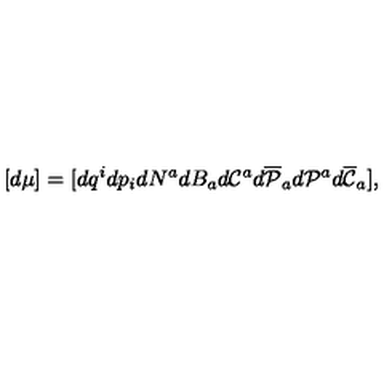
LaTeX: [ d \mu ] = [ d q ^ { i } d p _ { i } d N ^ { a } d B _ { a } d { \cal C } ^ { a } d \overline { { \cal P } } _ { a } d { \cal P } ^ { a } d \overline { { \cal C } } _ { a } ] ,